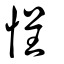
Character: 悜